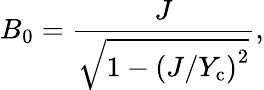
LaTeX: B_{0}=\frac{J}{\sqrt{1-\left(J/Y_{\mathrm{c}}\right)^{2}}},